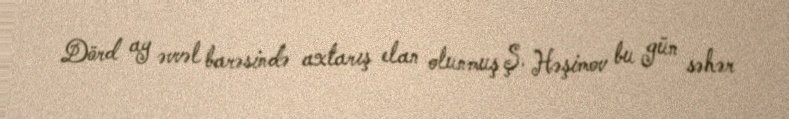
Dörd ay əvvəl barəsində axtarış elan olunmuş Ş. Həşimov bu gün səhər